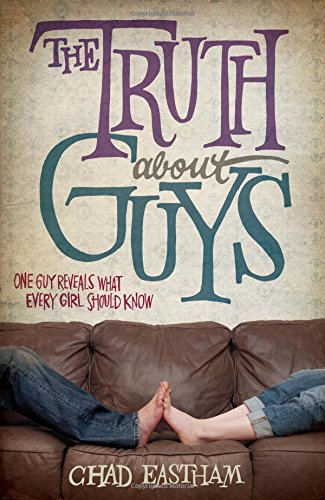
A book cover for The Truth About Guys; Chad Eastham; Teen & Young Adult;